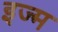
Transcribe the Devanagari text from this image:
इज्म